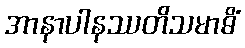
အာနာပါနဿတိသမာဓိံ